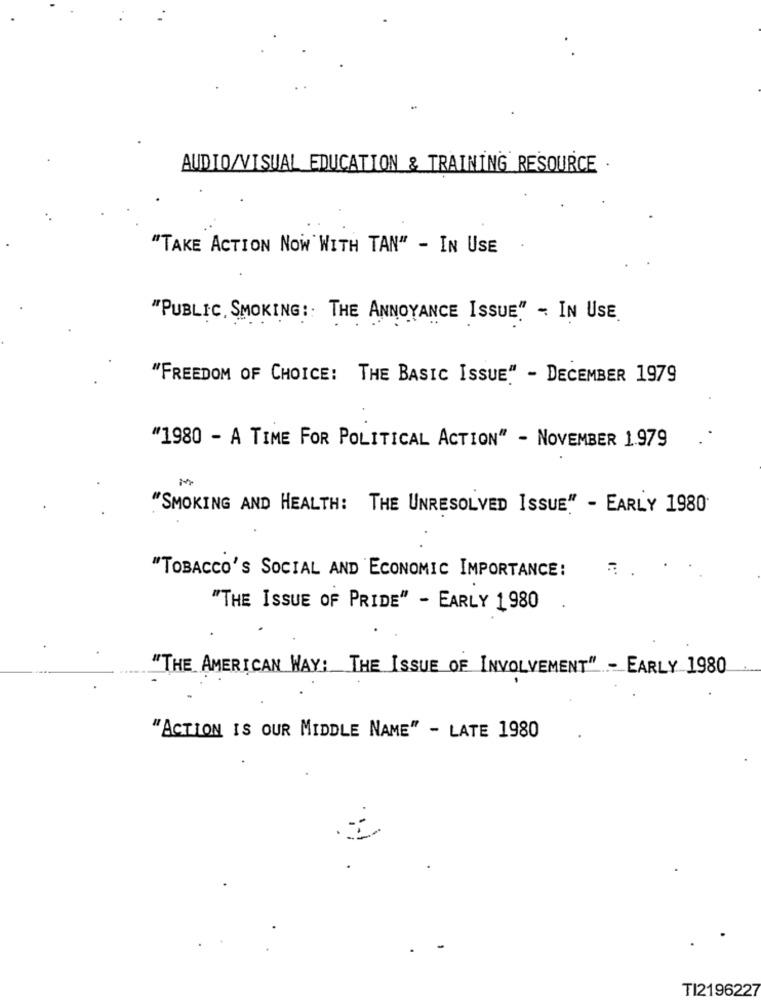
AUDIO/VISUAL EDUCATION & TRAINING RESOURCE .
"TAKE ACTION NOW WITH TAN" - IN USE
"PUBLIC, SMOKING: THE ANNOYANCE ISSUE" - IN USE.
"FREEDOM OF CHOICE: THE BASIC ISSUE" - DECEMBER 1979
"1980 - A TIME FOR POLITICAL ACTION" - NOVEMBER 1.979
"SMOKING AND HEALTH: THE UNRESOLVED ISSUE" - EARLY 1980
"TOBACCO'S SOCIAL AND ECONOMIC IMPORTANCE:
"THE ISSUE OF PRIDE" - EARLY 1980
"THE AMERICAN WAY: THE ISSUE OF INVOLVEMENT" - EARLY 1980
"ACTION IS OUR MIDDLE NAME" - LATE 1980
TI2196227